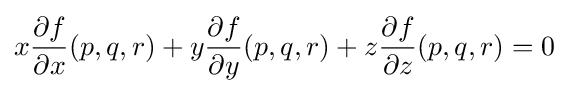
x{\frac {\partial f}{\partial x}}(p,q,r)+y{\frac {\partial f}{\partial y}}(p,q,r)+z{\frac {\partial f}{\partial z}}(p,q,r)=0